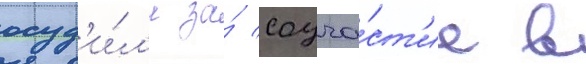
осуд'и́л'и за́ соуча́ст'ие в